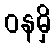
ဝနမှိ